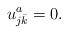
LaTeX: \begin{align*}u_{j\bar{k}}^{a}=0. \end{align*}